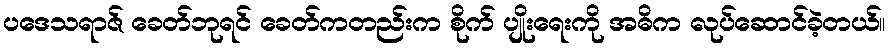
ပဒေသရာဇ် ခေတ်ဘုရင် ခေတ်ကတည်းက စိုက် ပျိုးရေးကို အဓိက လုပ်ဆောင်ခဲ့တယ်။